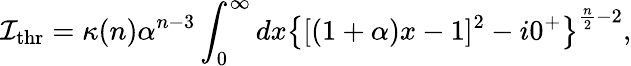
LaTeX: \mathcal{I}_{\mathrm{{thr}}}=\kappa(n)\alpha^{n-3}\int_{0}^{\infty}dx\left\{ [(1+\alpha)x-1]^{2}-i0^{+}\right\} ^{\frac{{n}}{{2}}-2},